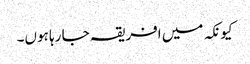
کیونکہ میں افریقہ جا رہا ہوں۔